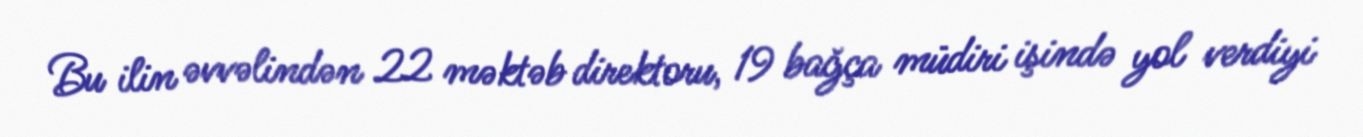
Bu ilin əvvəlindən 22 məktəb direktoru, 19 bağça müdiri işində yol verdiyi